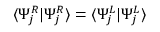
\langle \Psi _ { j } ^ { R } | \Psi _ { j } ^ { R } \rangle = \langle \Psi _ { j } ^ { L } | \Psi _ { j } ^ { L } \rangle